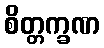
စိတ္တက္ခဏ